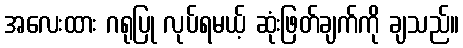
အလေးထား ဂရုပြု လုပ်ရမယ့် ဆုံးဖြတ်ချက်ကို ချသည်။